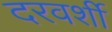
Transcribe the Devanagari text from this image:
दरवर्शी